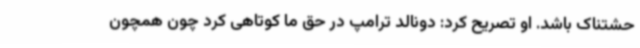
حشتناک باشد. او تصریح کرد: دونالد ترامپ در حق ما کوتاهی کرد چون همچون